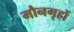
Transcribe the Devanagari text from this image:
मौनगृहों